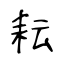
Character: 耘